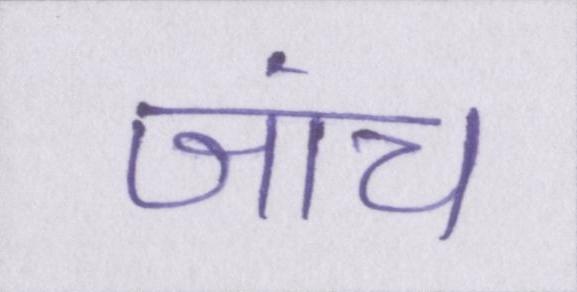
जांच